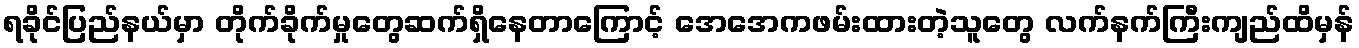
ရခိုင်ပြည်နယ်မှာ တိုက်ခိုက်မှုတွေဆက်ရှိနေတာကြောင့် အေအေကဖမ်းထားတဲ့သူတွေ လက်နက်ကြီးကျည်ထိမှန်